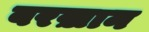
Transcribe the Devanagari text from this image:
बरख़ान